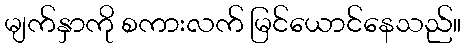
မျက်နှာကို စကားလက် မြင်ယောင်နေသည်။